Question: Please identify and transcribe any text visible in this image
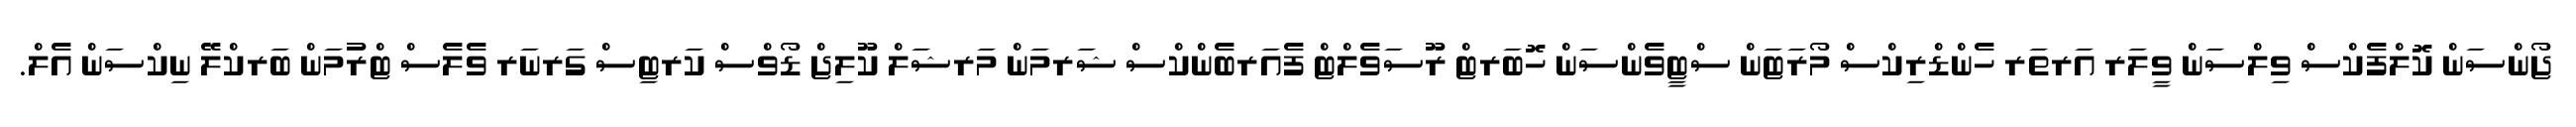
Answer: ޖޯންސަން ކޮލްފެކްސް ވިލްސަން ވީލަރ އަރތަރ ހެންޑްރިކްސް މޯރަޓަން ސްޓީވެންސަން ހޮބަރޓް ރޫސަވެލްޓް ފެއަރބެންކްސް ޝަރމަން މަރޝަލް ކޫލިޖް ޑޯވްސް ކަރޓިސް ގަރނަރ ވެލެސް ޓްރުމަން ބަރކްލޭ ނިކްސަން އެލް.